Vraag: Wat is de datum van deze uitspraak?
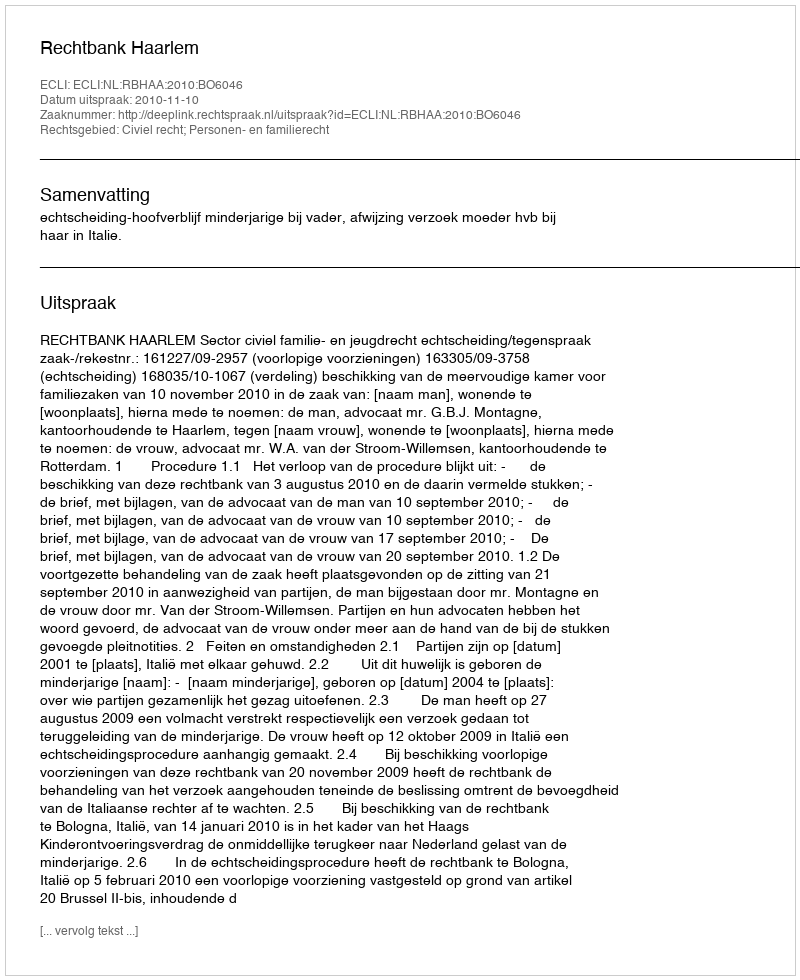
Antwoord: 2010-11-10